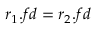
r _ { 1 } . f d = r _ { 2 } . f d